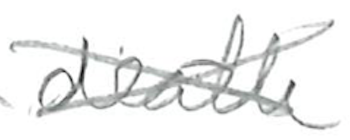
Text: death
Cross-out: mix
Writing tool: pencil